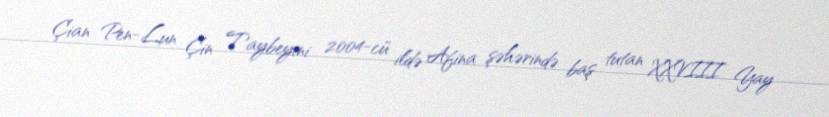
Çian Pen-Lun Çin Taybeyini 2004-cü ildə Afina şəhərində baş tutan XXVIII Yay